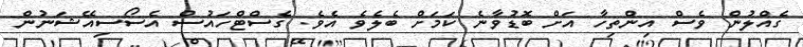
ގެއްލުން ވެސް އިންތިހާ އަށް ބޮޑުވާނެ ކަމަށް ބެލެވެ އެވެ. ގެސްޓްހައުސް އެސޯސިއޭޝަނުން